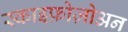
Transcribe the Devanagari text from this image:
स्काइफ़ोज़ोअन